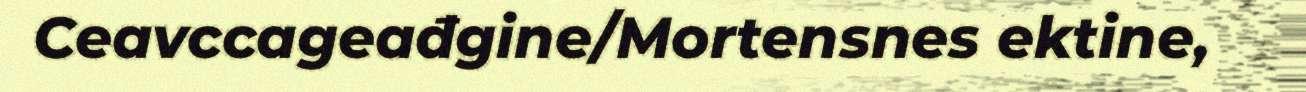
Ceavccageađgine/Mortensnes ektine,